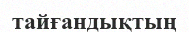
тайғандықтың